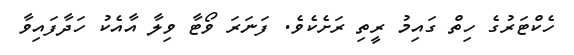
ހެކްޓަރުގެ ހިތް ގައިމު ރީތި ރަށެކެވެ. ފަނަރަ ވޯޓާ ވިލާ އާއެކު ހަދާފައިވާ